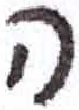
אות: ה